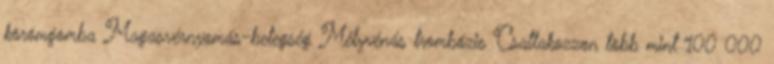
körömgomba Magasvérnyomás-betegség Mélyvénás trombózis Csatlakozzon több mint 100 000